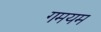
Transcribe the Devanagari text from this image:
गमयम